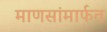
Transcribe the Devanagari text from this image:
माणसांमार्फत